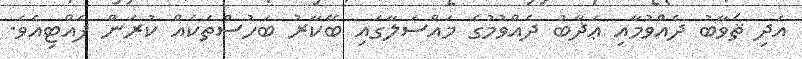
އަދި ޘަވާބު ދެއްވުމާއި ޢަޛާބު ދެއްވުމުގެ މައްސަލާގައި ބޭކާރު ބަހުސްތަކެއް ކުރަން ފެއްޓިއެވެ.